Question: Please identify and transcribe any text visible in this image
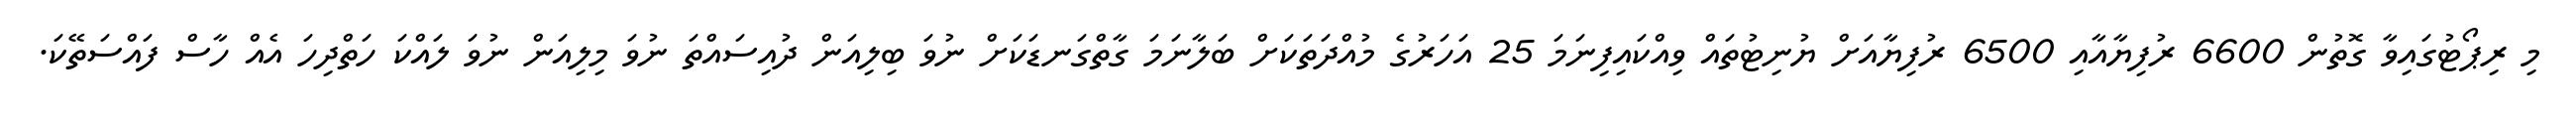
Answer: މި ރިޕޯޓުގައިވާ ގޮތުން 6600 ރުފިޔާއާއި 6500 ރުފިޔާއަށް ޔުނިޓުތައް ވިއްކައިފިނަމަ 25 އަހަރުގެ މުއްދަތަކަށް ބަލާނަމަ ގާތްގަނޑަކަށް ނުވަ ބިލިއަން ދުއިސައްތަ ނުވަ މިލިއަން ނުވަ ލައްކަ ހަތްދިހަ އެއް ހާސް ފައްސަތޭކަ.